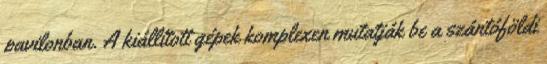
pavilonban. A kiállított gépek komplexen mutatják be a szántóföldi